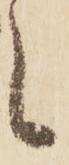
候